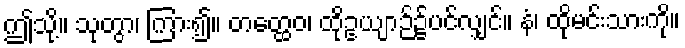
ဤသို့။ သုတွာ၊ ကြား၍။ တတ္ထေဝ၊ ထိုဥယျာဉ်၌ပင်လျှင်။ နံ၊ ထိုမင်းသားကို။